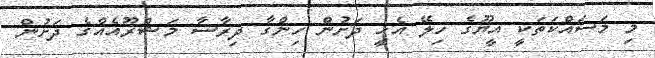
މި މަސައްކަތަކީ އީޔޫގެ ހިލޭ އެހީ ދަށުން ހިންގާ ދިރާސާ މަޝްރޫއެއްގެ ދަށުން